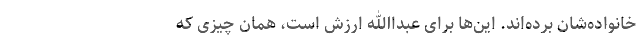
خانواده‌شان برده‌اند. این‌ها برای عبداالله ارزش است، همان چیزی که